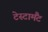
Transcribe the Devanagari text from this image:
टेस्टामैंट